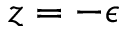
z = - \epsilon